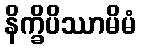
နိက္ခိပိဿာမိမံ